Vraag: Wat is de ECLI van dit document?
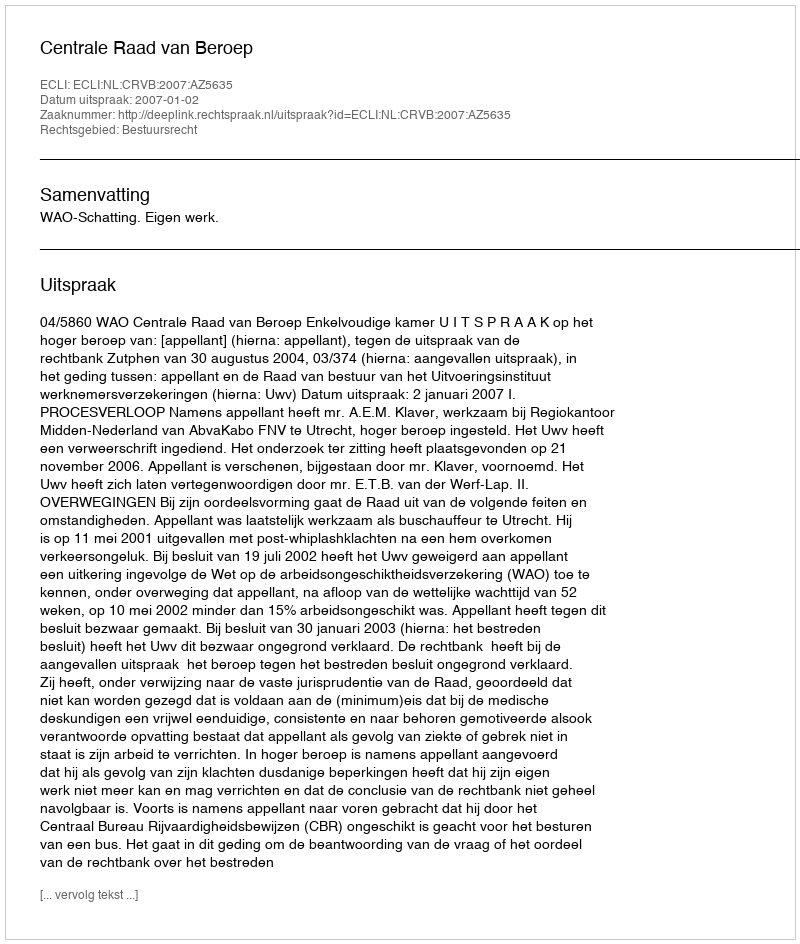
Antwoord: ECLI:NL:CRVB:2007:AZ5635